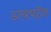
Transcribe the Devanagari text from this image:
डायपॉज़